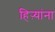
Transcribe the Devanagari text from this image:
हिऱ्यांना